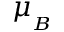
\mu _ { _ B }